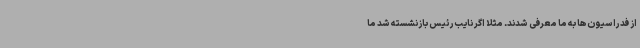
از فدراسیون‌ها به ما معرفی شدند. مثلا اگر نایب‌رئیس بازنشسته شد ما